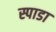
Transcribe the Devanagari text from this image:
स्पाडा